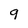
Character: 9